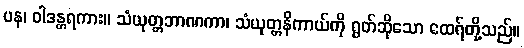
ပန၊ ဝါဒန္တရကား။ သံယုတ္တဘာဏကာ၊ သံယုတ္တနိကာယ်ကို ရွတ်ဆိုသော ထေရ်တို့သည်။